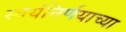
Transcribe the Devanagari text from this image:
स्वयंनिर्णयाच्या